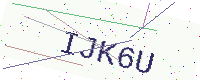
Text: IJK6U